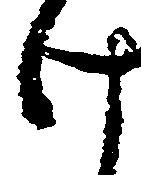
け